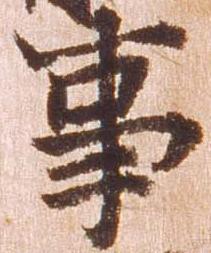
事